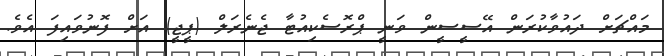
މައްޗަށް ދައުވާކުރަން އޭސީސީން ވަނީ ޕްރޮސެކިއުޓާ ޖެނެރަލް (ޕީޖީ) އަށް ފޮނުވައިފަ އެވެ.